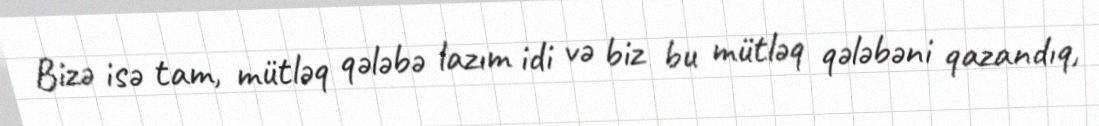
Bizə isə tam, mütləq qələbə lazım idi və biz bu mütləq qələbəni qazandıq,